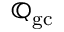
\mathbb { Q } _ { \mathrm { g c } }